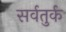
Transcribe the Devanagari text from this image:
सर्वतुर्क